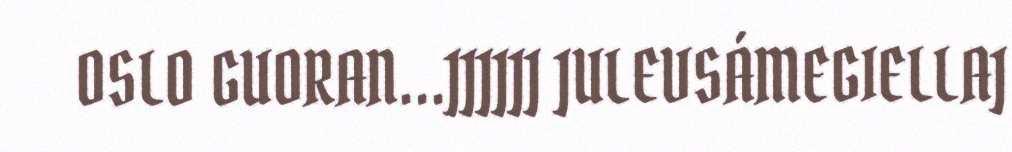
OSLO GUORAN...JJJJJJ JULEVSÁMEGIELLAJ